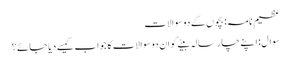
عظیم نامہ: بچوں کے دو سوالات
سوال: اپنے چار سالہ بیٹے کو ان دو سوالات کا جواب کیسے دیا جائے؟